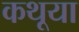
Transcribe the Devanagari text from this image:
कथूया